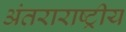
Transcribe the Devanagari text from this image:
अंतराराष्ट्रीय